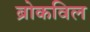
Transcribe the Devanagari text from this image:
ब्रोकविल